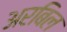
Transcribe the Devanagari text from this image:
अरबिल